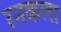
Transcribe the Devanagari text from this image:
रनकला